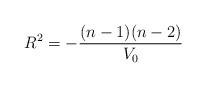
LaTeX: \begin{align*}R^2 = -\frac{(n-1)(n-2)}{V_0}\end{align*}